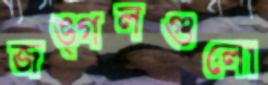
জঙ্গলগুলো